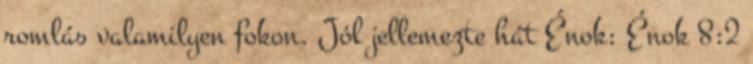
romlás valamilyen fokon. Jól jellemezte hát Énok: Énok 8:2